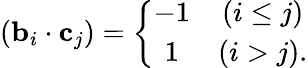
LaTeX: ({\mathbf b}_{i}\cdot{\mathbf c}_{j})=\left\{ \begin{array}{cc}{{-1}}&{{(i\leq j)}}\\ {{1}}&{{(i>j).}}\end{array}\right.